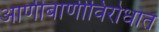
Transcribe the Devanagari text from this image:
आणीबाणीविरोधात